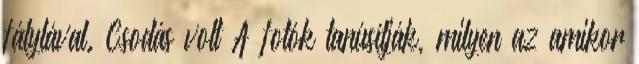
fátylával. Csodás volt A fotók tanúsítják, milyen az amikor